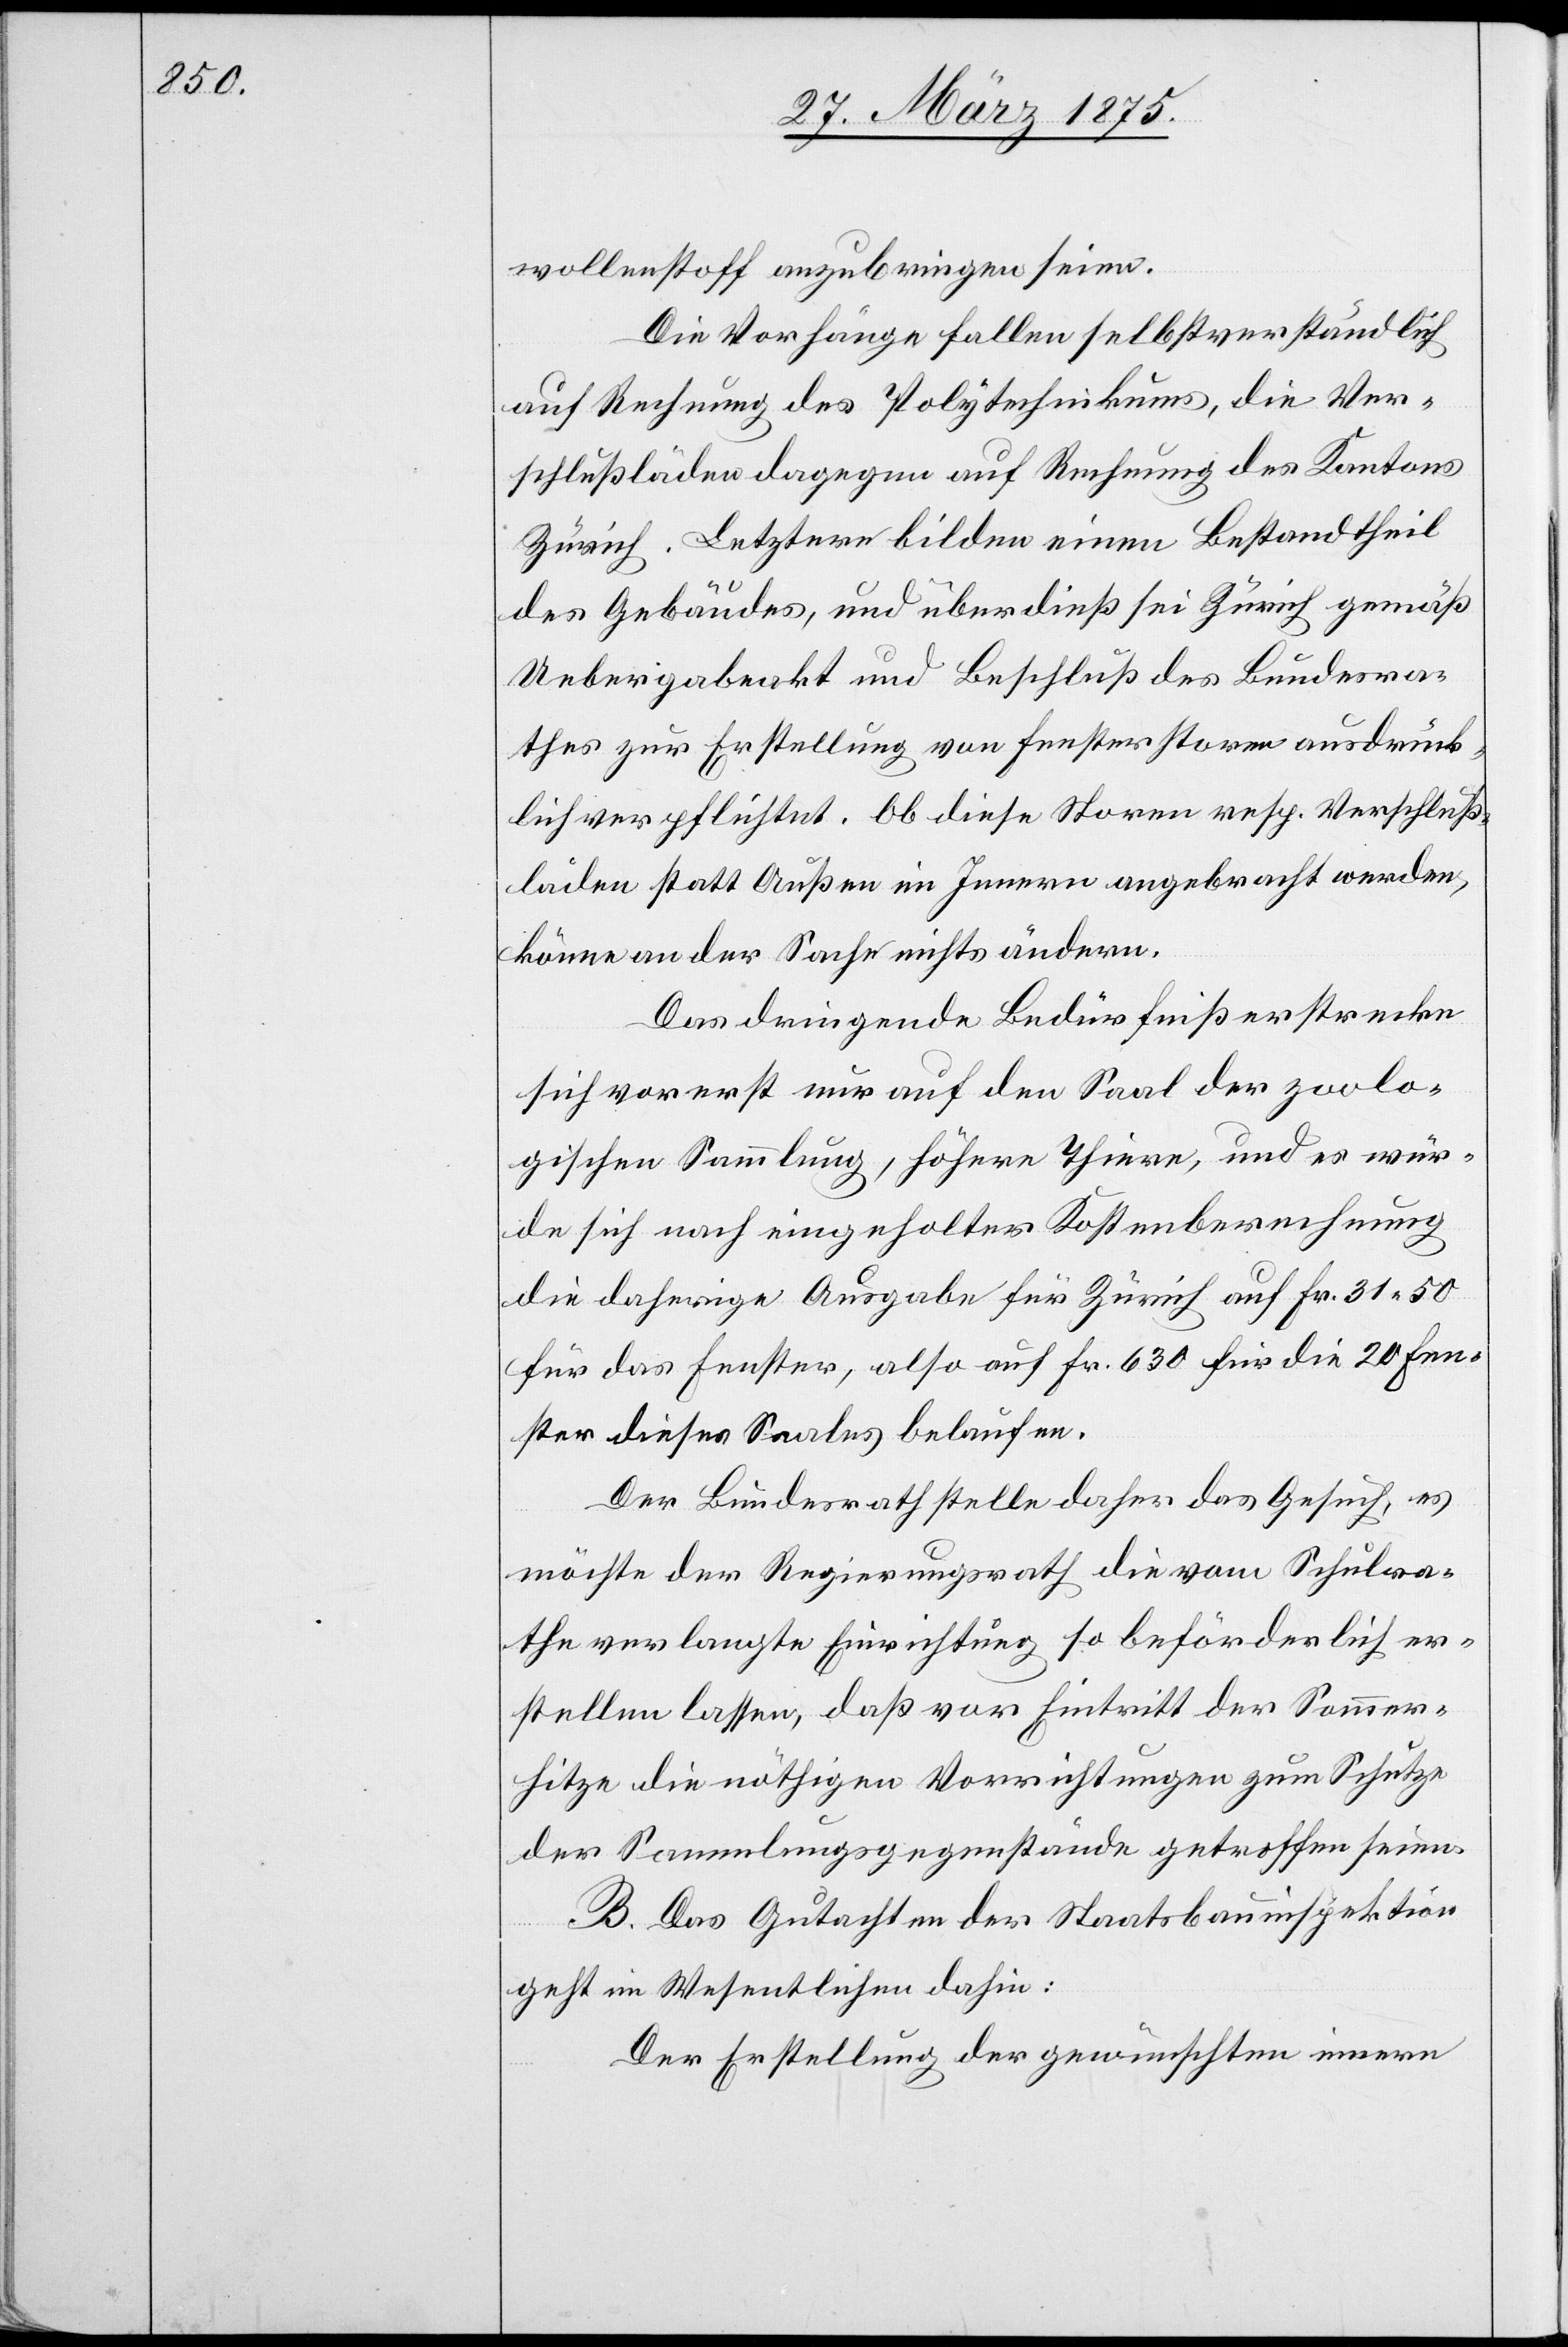
wollstoff anzubringen seien.
Die Vorhänge fallen selbstverständlich
auf Rechnung des Polytechnikums, die Ver¬
schlußläden dagegen auf Rechnung des Kantons
Zürich. Letztere bilden einen Bestandtheil
des Gebäudes, und überdieß sei Zürich gemäß
Uebergabeakt und Beschluß des Bundesra¬
thes zur Erstellung von Fensterstorren ausdrück¬
lich verpflichtet. Ob diese Storren resp. Verschluß¬
läden statt Außen im Innern angebracht werden,
könne an der Sache nichts ändern.
Das dringende Bedürfniß erstrecke
sich vorerst nur auf den Saal der zoolo¬
gischen Sammlung, höhere Thiere, und er wür¬
de sich nach eingeholter Kostenberechnung
die daherige Ausgabe für Zürich auf Fr. 31 50
für das Fenster, also auf Fr. 630 für die 20 Fen¬
ster dieses Saales belaufen.
Der Bundesrath stelle daher das Gesuch, es
möchte der Regierungsrath die vom Schulra¬
the verlangte Einrichtung so beförderlich er¬
stellen lassen, daß vor Eintritt der Sommer¬
hitze die nöthigen Vorrichtungen zum Schutze
der Sammlungsgegenstände getroffen seien.
B. Das Gutachten der Staatsbauinspektion
geht im Wesentlichen dahin:
Der Erstellung der gewünschten innern